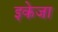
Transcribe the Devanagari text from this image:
इकेजा